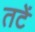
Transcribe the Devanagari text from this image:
तटें